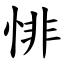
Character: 悱